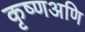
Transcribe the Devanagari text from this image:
कृष्णअणि